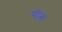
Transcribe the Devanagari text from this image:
मीन्हं